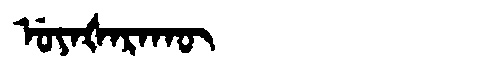
Manchu: ᡠᠶᠠᡧᠠᡵᠠᡴᡡ
Romanization: UYAŠARAKŪ